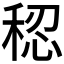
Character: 𫀷